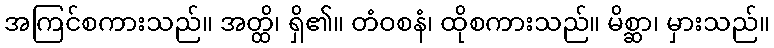
အကြင်စကားသည်။ အတ္ထိ၊ ရှိ၏။ တံဝစနံ၊ ထိုစကားသည်။ မိစ္ဆာ၊ မှားသည်။